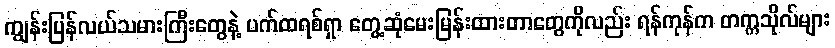
ကျွန်းပြန်လယ်သမားကြီးတွေနဲ့ ပက်ထရစ်ရှာ တွေ့ဆုံမေးမြန်းထားတာတွေကိုလည်း ရန်ကုန်က တက္ကသိုလ်များ